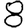
Digit: 8